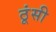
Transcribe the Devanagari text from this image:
ठूंसी